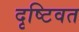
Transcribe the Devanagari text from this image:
दृष्टिवत